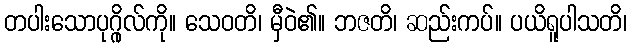
တပါးသောပုဂ္ဂိုလ်ကို။ သေဝတိ၊ မှီဝဲ၏။ ဘဇတိ၊ ဆည်းကပ်။ ပယိရူပါသတိ၊